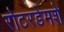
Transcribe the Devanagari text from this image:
रोटरडेमशे